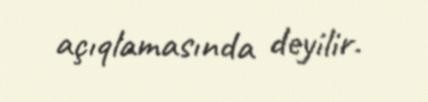
açıqlamasında deyilir.